Annual returns of the Patna Lunatic Asylum at Bankipore in Bihar and Orissa - 1912-1924
Year: 1912
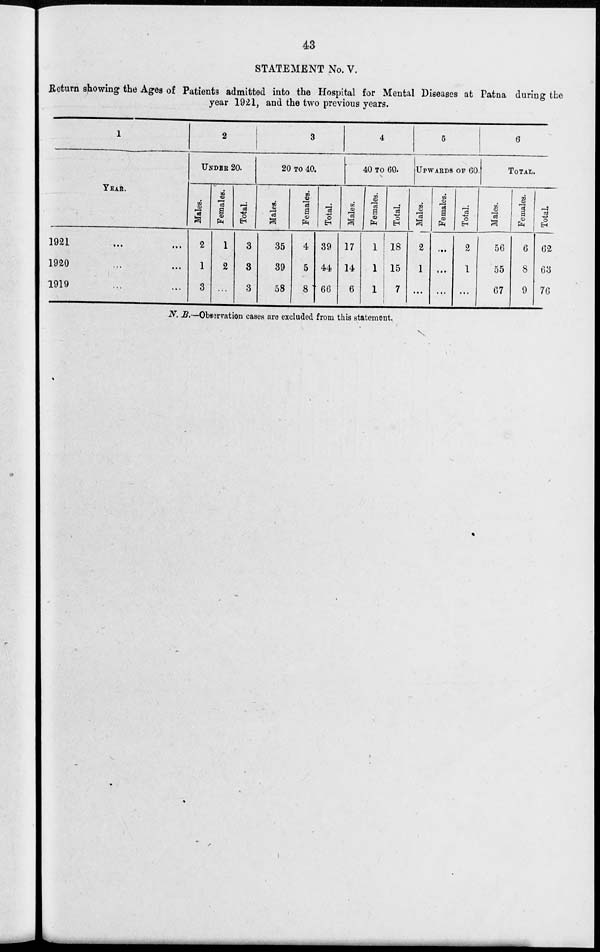
43
STATEMENT No. V.
Return showing the Ages of Patients admitted into the Hospital for Mental Diseases at Patna during the
year 1921, and the two previous years.
1
YEAR.
1921
...
...
1920 ... ...
1919 ... ...
2
UNDER 20.
Males.
2
1
3
Females.
1
2
...
Total.
3
3
3
3
20 TO 40.
Males.
35
39
58
Females.
4
5
8
Total.
39
44
66
4
40 TO 60.
Males.
17
14
6
Females.
1
1
1
Total.
18
15
7
5
UPWARDS OF 60.
Males.
2
1
...
Females.
...
...
...
Total.
2
1
...
6
TOTAL.
Males.
56
55
67
Females.
6
8
9
Total.
62
63
76
N. B.—Observation cases are excluded from this statement.